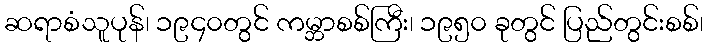
ဆရာစံသူပုန်၊ ၁၉၄၀တွင် ကမ္ဘာစစ်ကြီး၊ ၁၉၅၀ ခုတွင် ပြည်တွင်းစစ်၊